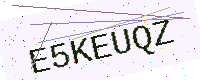
Text: E5KEUQZ